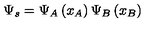
\Psi _ { s } = \Psi _ { A } \left( x _ { A } \right) \Psi _ { B } \left( x _ { B } \right)